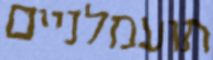
תועמלניים